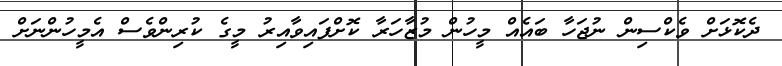
ދެކޮޅަށް ވެކްސިން ނުޖަހާ ބައެއް މީހުން މުޒާހަރާ ކޮށްފައިވާއިރު މީގެ ކުރިންވެސް އެމީހުންނަށް